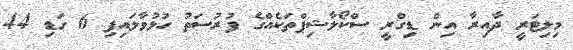
މިލިޓަރީ ދާއިރާ އިން ޑިގްރީ ސްކޯލާޝިޕްތަކެއްގެ ފުރުސަތު ހުޅުވާލައިފި 6 ގަޑި 44